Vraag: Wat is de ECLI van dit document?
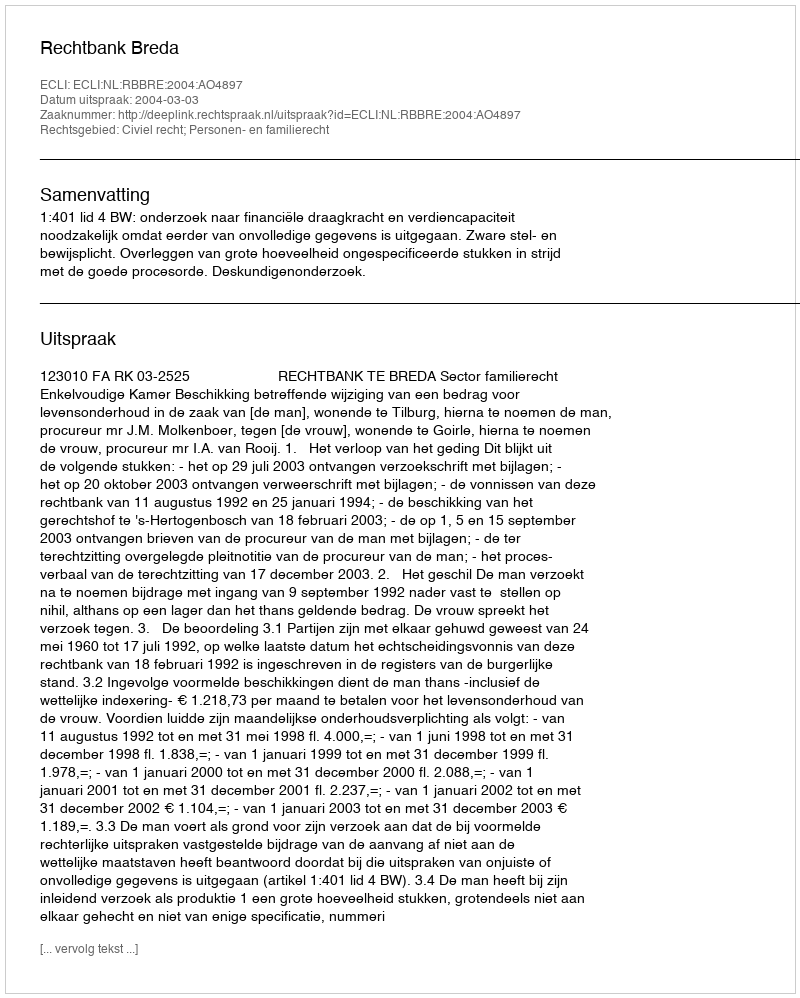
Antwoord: ECLI:NL:RBBRE:2004:AO4897